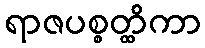
ရာဇပစ္စတ္ထိကာ